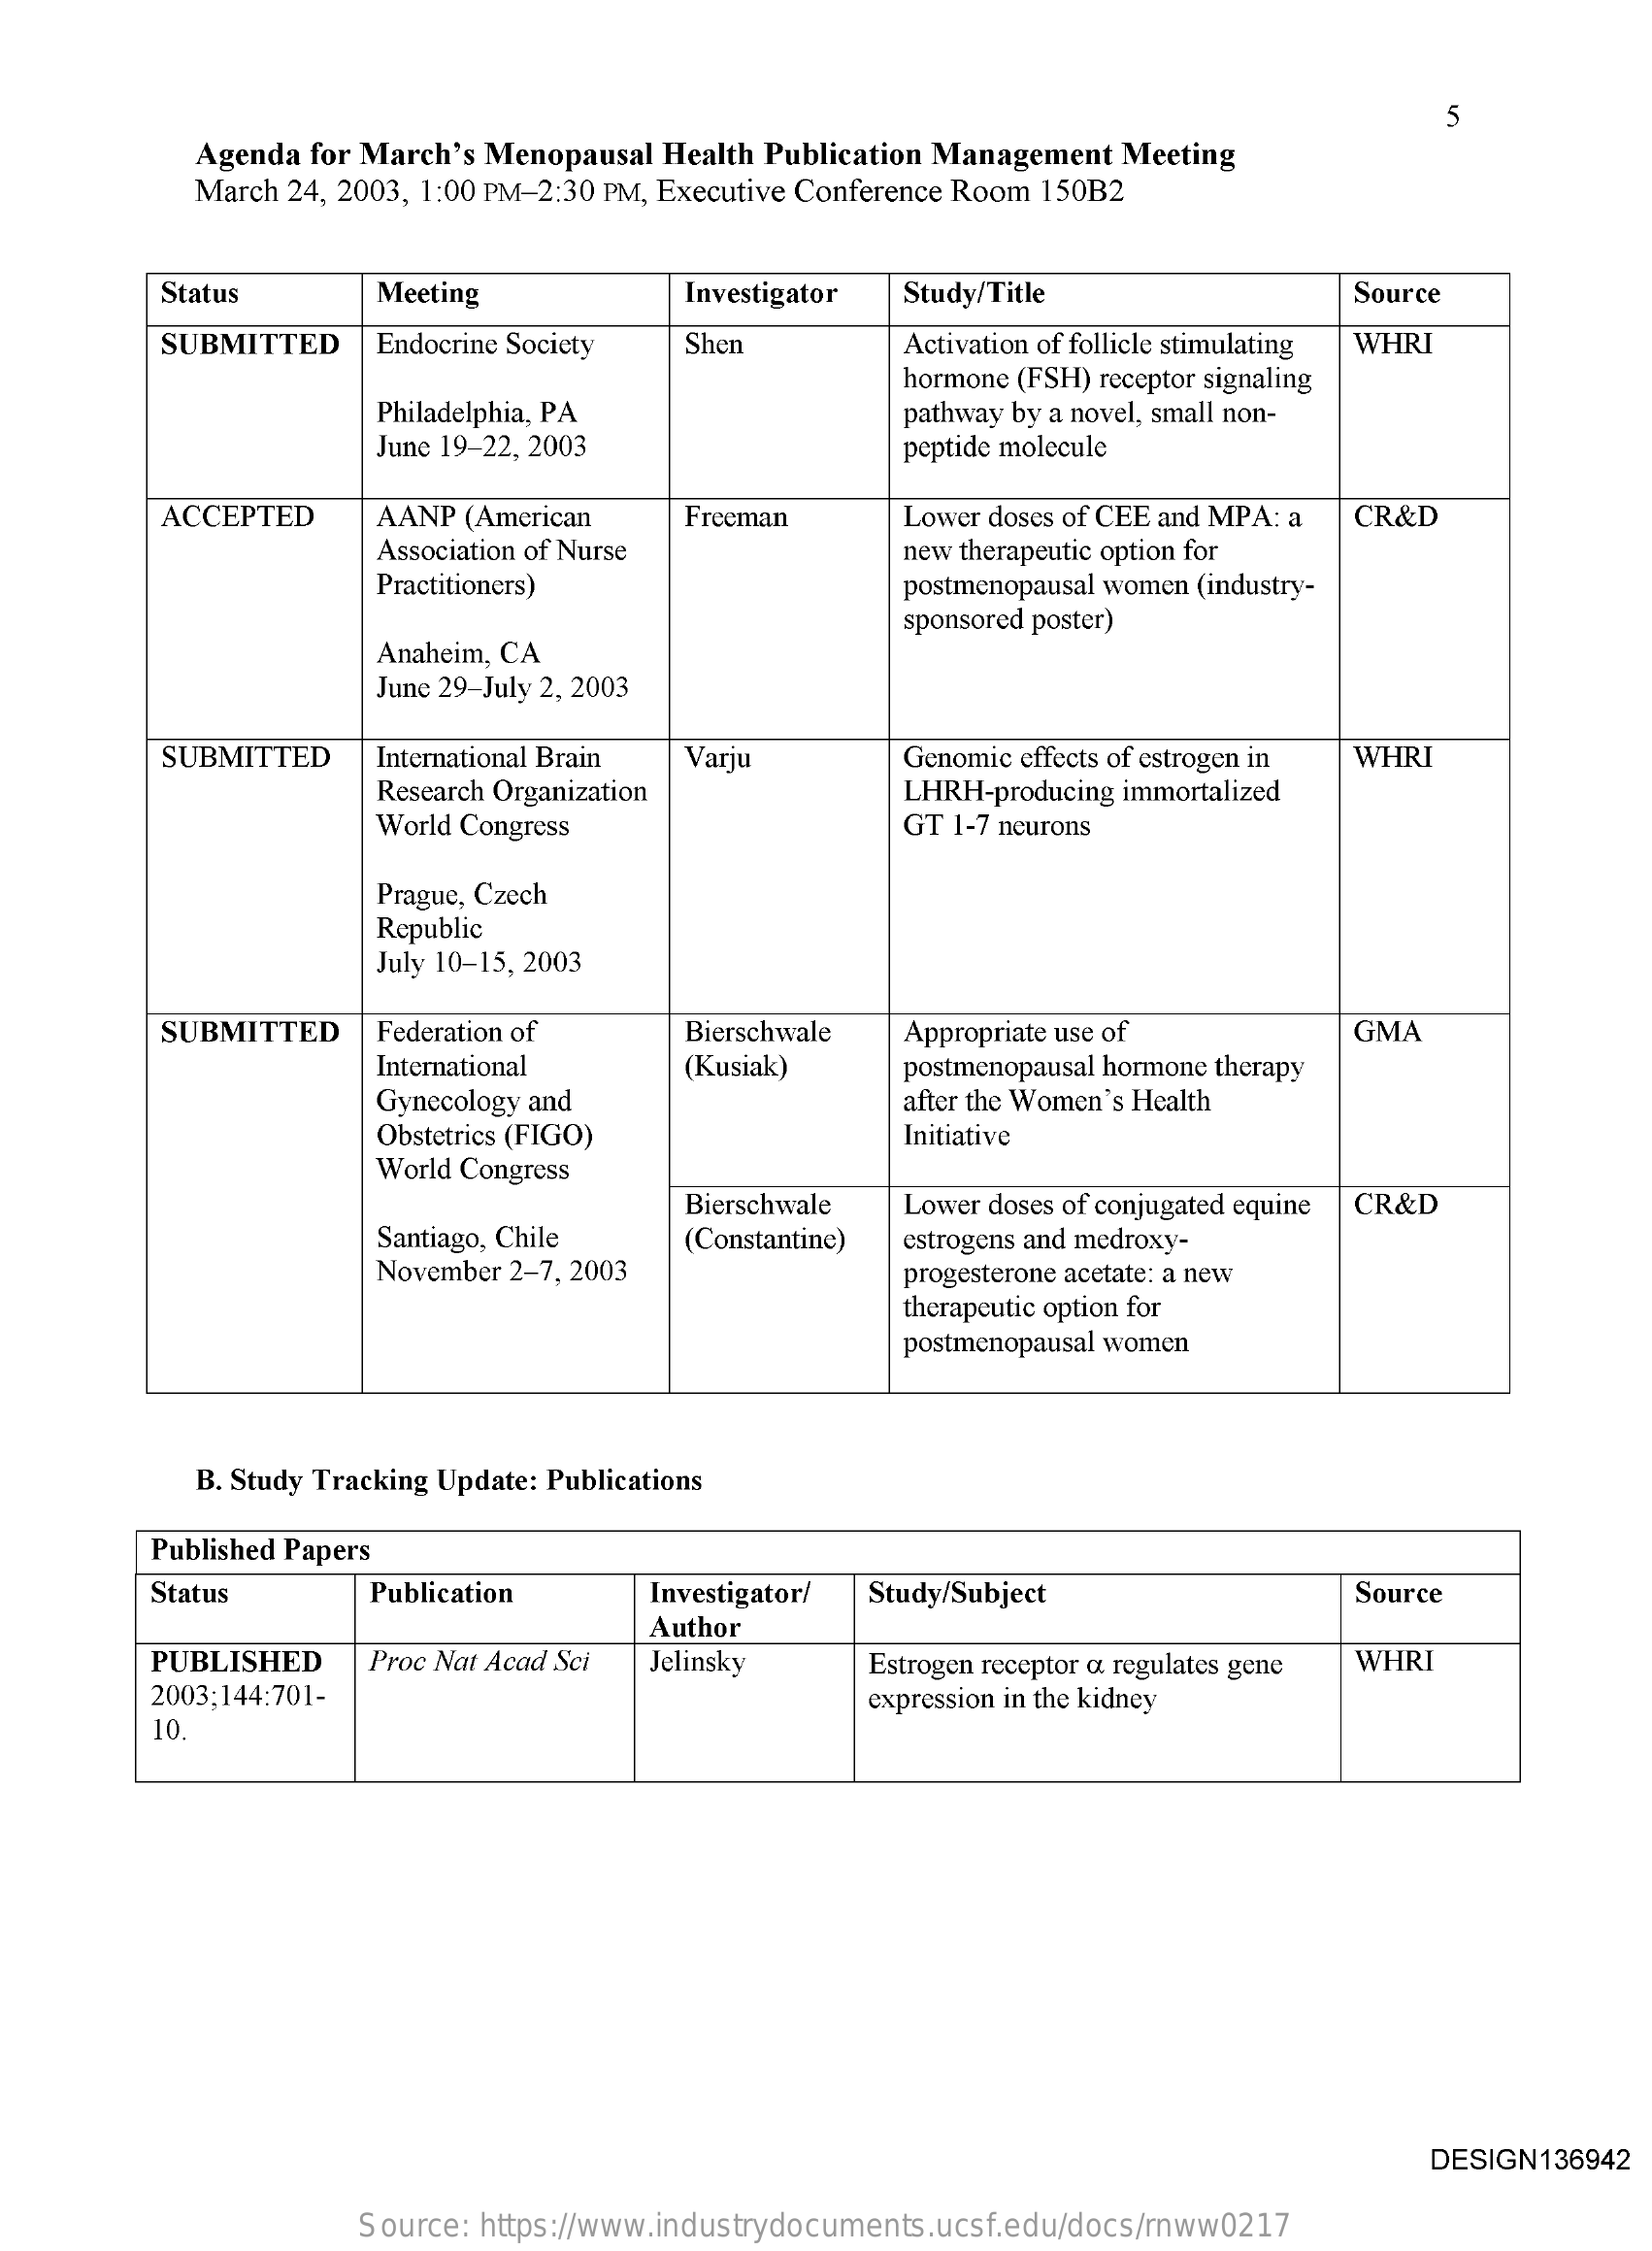
5
     Agenda for March's Menopausal Health Publication Management Meeting
     March 24, 2003, 1:00 PM-2:30 PM, Executive Conference Room 150B2
     Status    Meeting    Investigator Study/Title    Source
     SUBMITTED   Endocrine Society Shen    Activation of follicle stimulating WHRI
     hormone (FSH) receptor signaling
     Philadelphia, PA    pathway by a novel, small non-
     June 19-22, 2003    peptide molecule
     ACCEPTED   AANP (American Freeman    Lower doses of CEE and MPA: a CR&D
     Association of Nurse    new therapeutic option for
     Practitioners)    postmenopausal women (industry-
     sponsored poster)
     Anaheim, CA
     June 29-July 2, 2003
     SUBMITTED   International Brain Varju Genomic effects of estrogen in
     LHRH-producing immortalized
     WHRI
     Research Organization
     World Congress    GT 1-7 neurons
     Prague, Czech
     Republic
     July 10-15, 2003
     SUBMITTED  Federation of   Bierschwale Appropriate use of    GMA
     International
     Gynecology and
     (Kusiak)   postmenopausal hormone therapy
     after the Women's Health
     Obstetrics (FIGO)    Initiative
     World Congress
     Bierschwale Lower doses of conjugated equine CR&D
     Santiago, Chile
     November 2-7, 2003
     (Constantine) estrogens and medroxy-
     progesterone acetate: a new
     therapeutic option for
     postmenopausal women
     B. Study Tracking Update: Publications
     Published Papers
     Status    Publication   Investigator/ Study/Subject    Source
     Author
     PUBLISHED  Proc Nat Acad Sci Jelinsky Estrogen receptor a regulates gene WHRI
     2003;144:701-
     10.
     expression in the kidney
     DESIGN136942
     Source: https://www.industrydocuments.ucsf.edu/docs/rnww0217